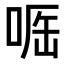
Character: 𠶲